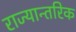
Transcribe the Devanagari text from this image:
राज्यान्तरिक